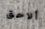
ألاحق